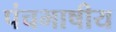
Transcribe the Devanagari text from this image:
पंचभाषीय